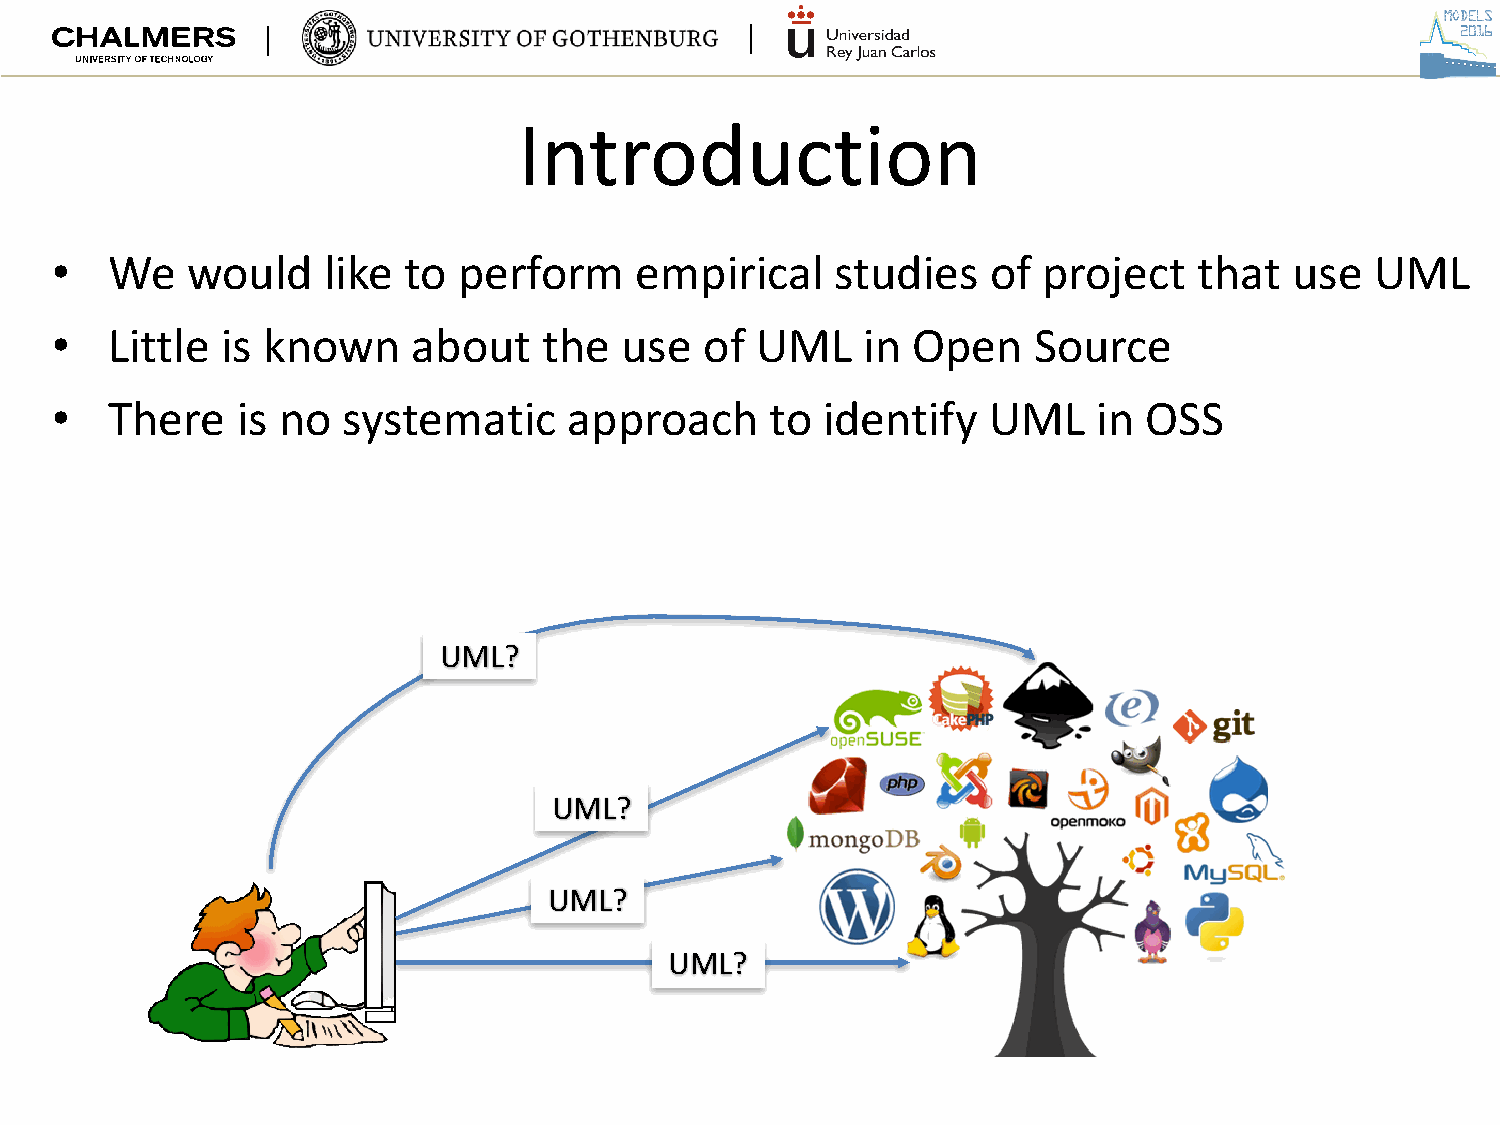
Introduction
 •   We   would    like  to perform     empirical    studies    of project   that   use  UML
 •   Little  is known    about    the  use   of UML    in Open    Source
 •   There    is no  systematic     approach     to identify   UML     in OSS
 UML?
 UML?
 UML?
 UML?